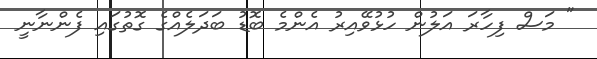
" މަސް ފިހާރަ އަލުން ހުޅުވޭއިރު އެންމެ ބޮޑު ބަދަލެއްގެ ގޮތުގައި ފެންނާނީ